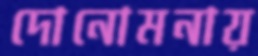
দোনোমনায়